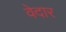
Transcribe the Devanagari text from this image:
वेदार